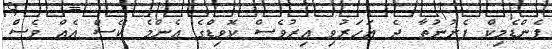
ޕެންޑެމިކް ފެށުނުތާ ދެ އަހަރުވި އިރުވެސް ކޮވިޑްގެ އެންމެ ކޭސް އެއް ވެސް